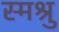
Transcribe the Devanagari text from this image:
स्मश्रु